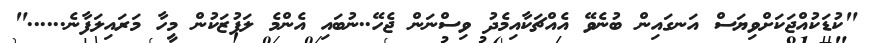
"ކުޑަކުއްޖަކަށްވިޔަސް އަނގައިން ބުނެވޭ އެއްޗަކާއިމެދު ވިސްނަން ޖެހޭ..ނުބައި އެންމެ ލަފުޒަކުން މީހާ މަރައިލަފާނެ......"